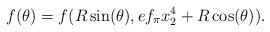
LaTeX: \begin{align*}f(\theta) = f(R\sin(\theta),ef_\pi x_2^4 + R\cos(\theta)).\end{align*}